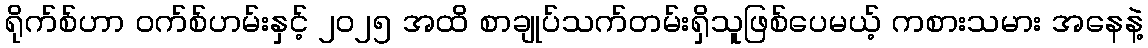
ရိုက်စ်ဟာ ဝက်စ်ဟမ်းနှင့် ၂၀၂၅ အထိ စာချုပ်သက်တမ်းရှိသူဖြစ်ပေမယ့် ကစားသမား အနေနဲ့